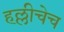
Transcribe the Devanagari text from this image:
हल्लीचेच